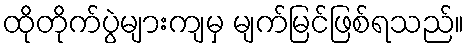
ထိုတိုက်ပွဲများကျမှ မျက်မြင်ဖြစ်ရသည်။